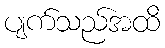
ပျက်သည်အထိ